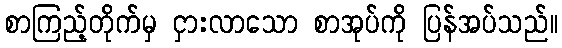
စာကြည့်တိုက်မှ ငှားလာသော စာအုပ်ကို ပြန်အပ်သည်။